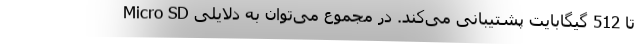
Micro SD تا 512 گیگابایت پشتیبانی می‌کند. در مجموع می‌توان به دلایلی